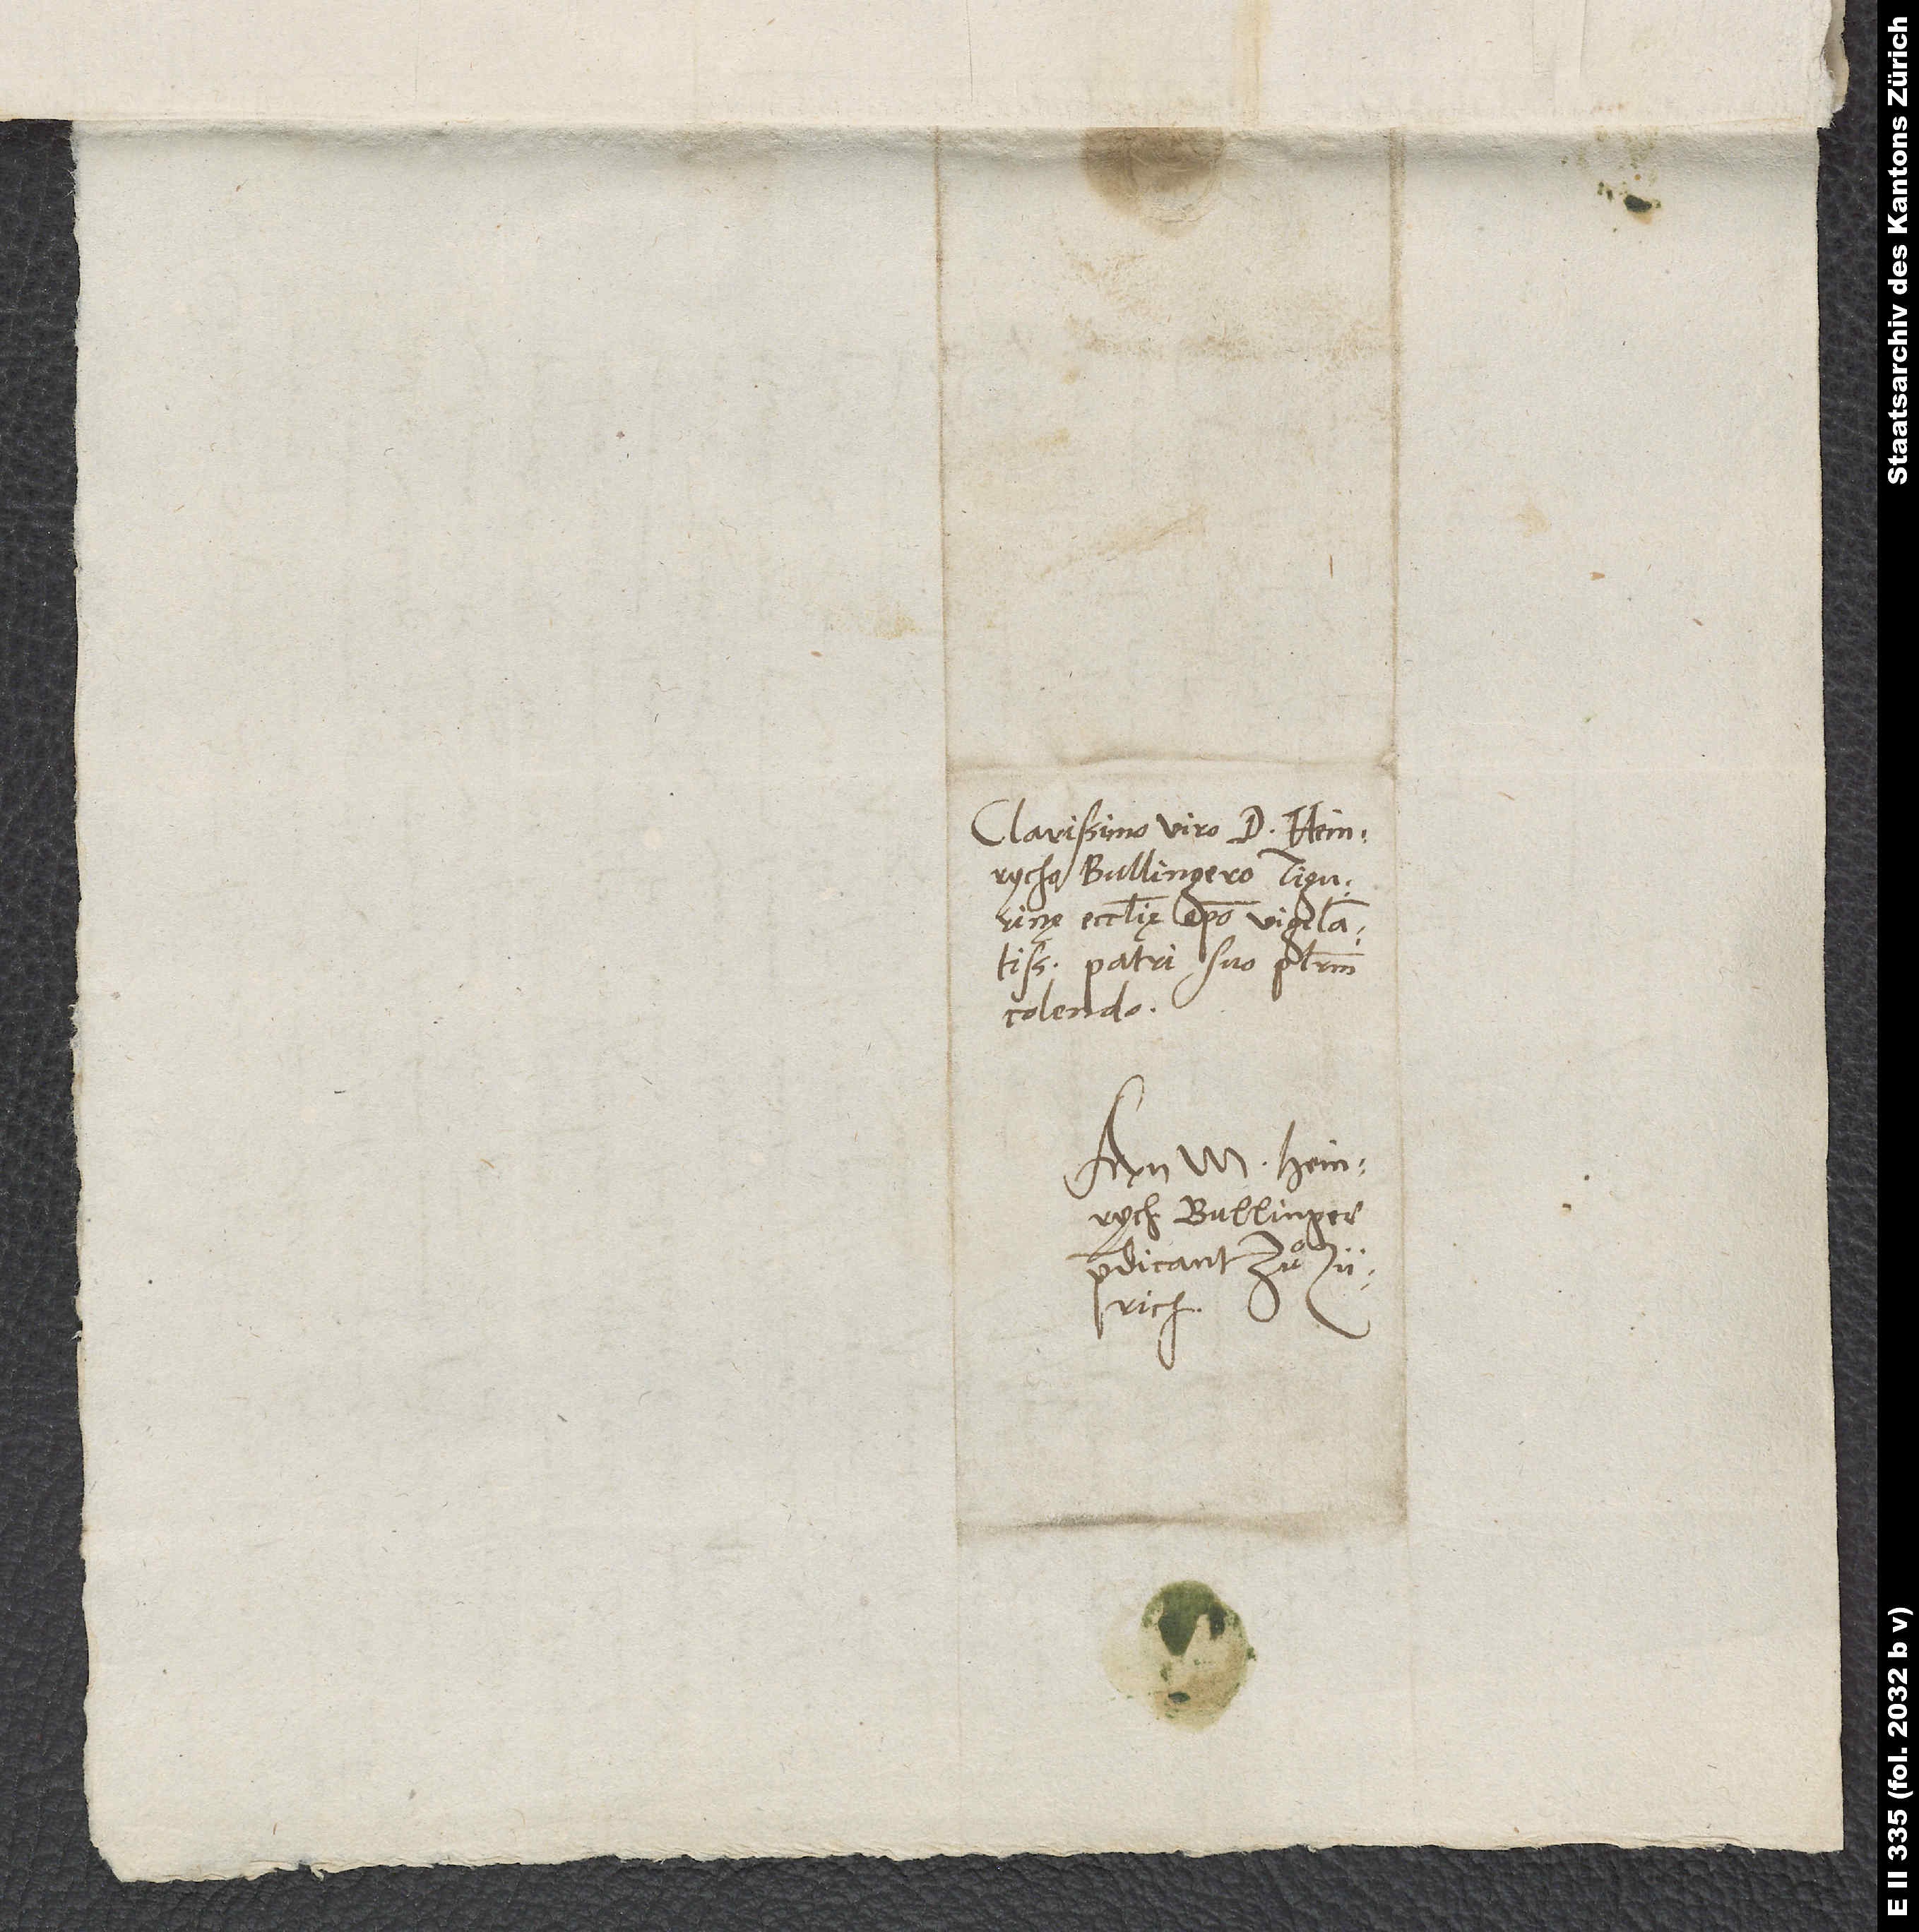
Clarissimo viro d. Heinrycho
Bullingero, Tigurinę
patri suo plurimum
colendo.
Bullinger,
Zürich.